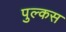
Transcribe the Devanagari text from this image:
पुल्कस